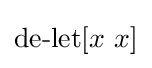
\operatorname {de-let} [x\ x]